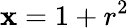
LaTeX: \mathbf{x}=1+r^{2}